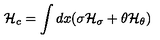
{ \cal H } _ { c } = \int d x ( \sigma { \cal H } _ { \sigma } + \theta { \cal H } _ { \theta } )